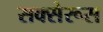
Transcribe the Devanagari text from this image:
सक्सेरूस